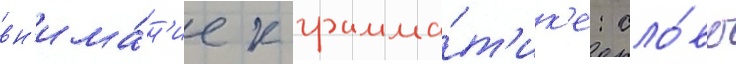
вн'има́н'ие к грамма́т'ик'е: сло́во